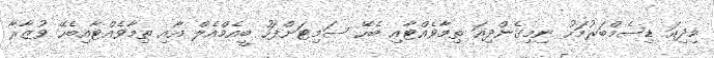
މިދިއަ ޑިސެމްބަރުމަހު ނިމިގެންދިއަ ތިމާވެއްޓާއި ބެހޭ ސަމިޓަށްފަހު ބީއެމްއެލް އާއި ތިމާވެއްޓާއިބެހޭ ވުޒާރާ